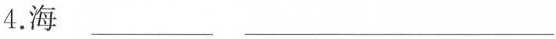
4.海___ ___